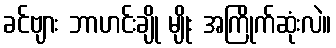
ခင်ဗျား ဘာဟင်းချို မျိုး အကြိုက်ဆုံးလဲ။